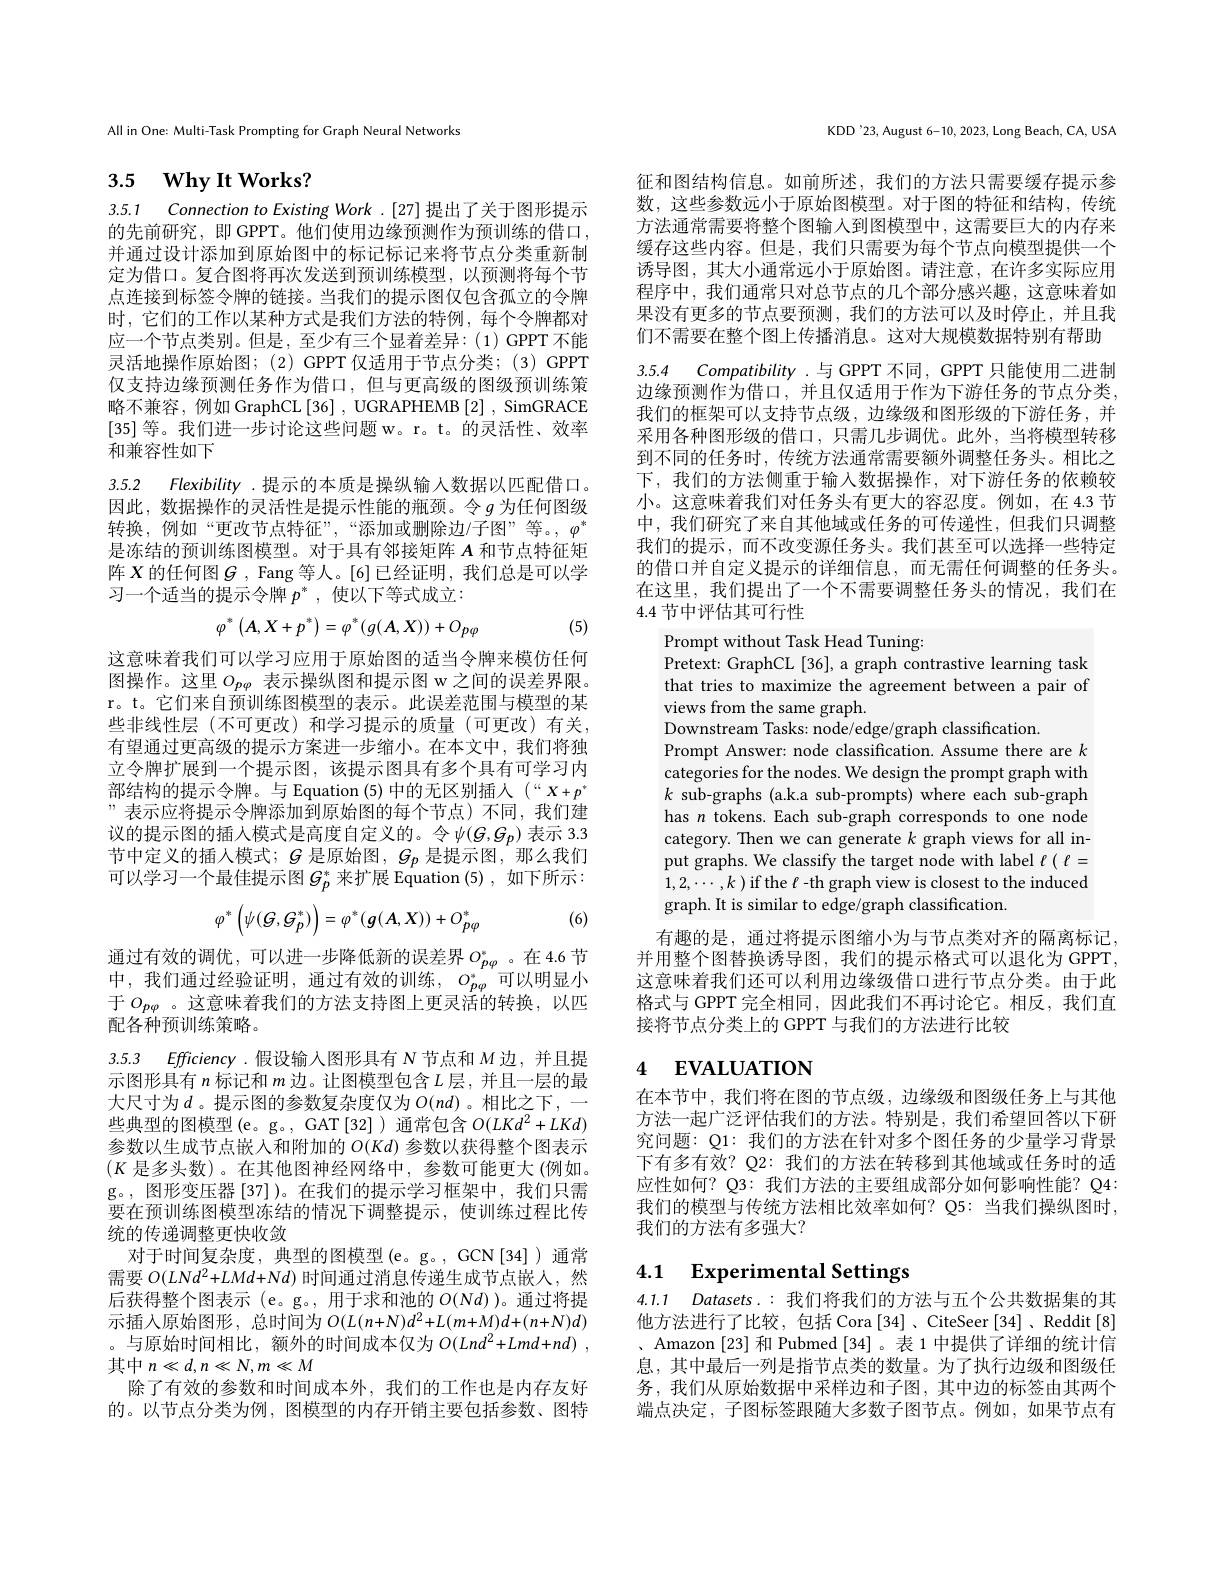
All in One: Multi-Task Prompting for Graph Neural Networks

# 3.5 $\textbf{Why It Works? }$

3.5.1 Connection to Existing Work .[27] 提出了关于图形提示的先前研究，即 GPPT。他们使用边缘预测作为预训练的借口， 并通过设计添加到原始图中的标记标记来将节点分类重新制定为借口。复合图将再次发送到预训练模型，以预测将每个节点连接到标签令牌的链接。当我们的提示图仅包含孤立的令牌时，它们的工作以某种方式是我们方法的特例，每个令牌都对应一个节点类别。但是，至少有三个显着差异：(1) GPPT 不能灵活地操作原始图；(2)GPPT仅适用于节点分类；(3)GPPT 仅支持边缘预测任务作为借口，但与更高级的图级预训练策略不兼容，例如 GraphCL[36] , UGRAPHEMB [2] , SimGRACE [35]等。我们进一步讨论这些问题 w。r。t。的灵活性、效率和兼容性如下

3.5.2 Flexibility .提示的本质是操纵输入数据以匹配借口。因此，数据操作的灵活性是提示性能的瓶颈。令$g$为任何图级转换，例如“更改节点特征”,“添加或删除边/子图”等。$,\varphi^*$ 是冻结的预训练图模型。对于具有邻接矩阵$A$和节点特征矩阵$X$的任何图$G$ , Fang 等人。[6] 已经证明，我们总是可以学习一个适当的提示令牌$p^*$,使以下等式成立：
$$\varphi^{*}\left(A,X+p^{*}\right)=\varphi^{*}(g(A,X))+O_{p\varphi}$$
(5)

这意味着我们可以学习应用于原始图的适当令牌来模仿任何图操作。这里$O_{p\varphi}$表示操纵图和提示图 w 之间的误差界限。r。t。它们来自预训练图模型的表示。此误差范围与模型的某些非线性层(不可更改)和学习提示的质量(可更改)有关， 有望通过更高级的提示方案进一步缩小。在本文中，我们将独立令牌扩展到一个提示图，该提示图具有多个具有可学习内部结构的提示令牌。与 Equation (5) 中的无区别插入 (“X+p” ”表示应将提示令牌添加到原始图的每个节点)不同，我们建议的提示图的插人模式是高度自定义的。令$\psi(G,G_p)$ 表示 3.3节中定义的插人模式；$G$ 是原始图，$G_p$ 是提示图，$^\prime$那么我们可以学习一个最佳提示图$G_p^*$来扩展 Equation (5) , 如下所示：
$$\varphi^*\left(\psi(G,G_p^*)\right)=\varphi^*(g(A,X))+O_{p\varphi}^*$$
(6)

3.5.3 Efficiency .假设输入图形具有 N 节点和$M$边，并且提

通过有效的调优，可以进一步降低新的误差界$O_{p\varphi}^*$。在4.6节中，我们通过经验证明，通过有效的训练，$O_p\varphi^*$可以明显小于$O_{p\varphi}$。这意味着我们的方法支持图上更灵活的转换，以匹配各种预训练策略。
示图形具有$n$标记和$m$边。让图模型包含$L$层，并且一层的最大尺寸为$d$。提示图的参数复杂度仅为$O(nd)$。相比之下，一些典型的图模型(e。g。,GAT[32])通常包含$O(LKd^{2}+LKd)$ 参数以生成节点嵌入和附加的$O(Kd)$参数以获得整个图表示$(K$是多头数)。在其他图神经网络中，参数可能更大 (例如。g。,图形变压器[37])。在我们的提示学习框架中，我们只需要在预训练图模型冻结的情况下调整提示，使训练过程比传统的传递调整更快收敛
对于时间复杂度，典型的图模型(e。g。,GCN[34])通常需要$O(LNd^{2}+LMd+Nd)$时间通过消息传递生成节点嵌人，然后获得整个图表示 (e。g。, 用于求和池的$O(Nd)$ )。通过将提示插入原始图形，总时间为$O(L(n+N)d^{2}+L(m+M)d+(n+N)d)$ 。与原始时间相比，额外的时间成本仅为$O( Lnd^{2}+ Lmd+ nd)$ , 其中$n\ll d,n\ll N,m\ll M$
除了有效的参数和时间成本外，我们的工作也是内存友好的。以节点分类为例，图模型的内存开销主要包括参数、图特

KDD'23, August 6-10, 2023, Long Beach, CA, USA

3.5.4 Compatibility .与 GPPT 不同，GPPT 只能使用二进制边缘预测作为借口，并且仅适用于作为下游任务的节点分类，

征和图结构信息。如前所述，我们的方法只需要缓存提示参数，这些参数远小于原始图模型。对于图的特征和结构，传统方法通常需要将整个图输入到图模型中，这需要巨大的内存来缓存这些内容。但是，我们只需要为每个节点向模型提供一个诱导图，其大小通常远小于原始图。请注意，在许多实际应用程序中，我们通常只对总节点的几个部分感兴趣，这意味着如果没有更多的节点要预测，我们的方法可以及时停止，并且我们不需要在整个图上传播消息。这对大规模数据特别有帮助我们的框架可以支持节点级，边缘级和图形级的下游任务，并采用各种图形级的借口，只需几步调优。此外，当将模型转移到不同的任务时，传统方法通常需要额外调整任务头。相比之下，我们的方法侧重于输入数据操作，对下游任务的依赖较小。这意味着我们对任务头有更大的容忍度。例如，在 4.3 节中，我们研究了来自其他域或任务的可传递性，但我们只调整我们的提示，而不改变源任务头。我们甚至可以选择一些特定的借口并自定义提示的详细信息，而无需任何调整的任务头。在这里，我们提出了一个不需要调整任务头的情况，我们在4.4节中评估其可行性

Prompt without Task Head Tuning:
Pretext: GraphCL [36], a graph contrastive learning task that tries to maximize the agreement between a pair of views from the same graph.
Downstream Tasks: node/edge/graph classification.
Prompt Answer: node classification. Assume there are $k$ categories for the nodes. We design the prompt graph with $k$ sub-graphs (a.k.a sub-prompts) where each sub-graph has $n$ tokens. Each sub-graph corresponds to one node category. Then we can generate $k$ graph views for all input graphs. We classify the target node with label $\ell(\ell=$ $1,2,\cdots,k)$ if the $\ell$ -th graph view is closest to the induced graph. It is similar to edge/graph classification.

有趣的是，通过将提示图缩小为与节点类对齐的隔离标记并用整个图替换诱导图，我们的提示格式可以退化为 GPPT 这意味着我们还可以利用边缘级借口进行节点分类。由于此格式与 GPPT 完全相同，因此我们不再讨论它。相反，我们直接将节点分类上的 GPPT 与我们的方法进行比较

## 4 $\textbf{EVALUATION}$

在本节中，我们将在图的节点级，边缘级和图级任务上与其他方法一起广泛评估我们的方法。特别是，我们希望回答以下研究问题：Q1: 我们的方法在针对多个图任务的少量学习背景下有多有效？Q2: 我们的方法在转移到其他域或任务时的适应性如何？Q3: 我们方法的主要组成部分如何影响性能？Q4: 我们的模型与传统方法相比效率如何？Q5: 当我们操纵图时， 我们的方法有多强大？

# 4.1 Experimental Settings

4.1.1 $Datasets.$:我们将我们的方法与五个公共数据集的其他方法进行了比较，包括 Cora[34]、CiteSeer[34]、Reddit[8] 、Amazon [23]和 Pubmed [34]。表 1 中提供了详细的统计信息，其中最后一列是指节点类的数量。为了执行边级和图级任务，我们从原始数据中采样边和子图，其中边的标签由其两个端点决定，子图标签跟随大多数子图节点。例如，如果节点有